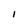
Character: I